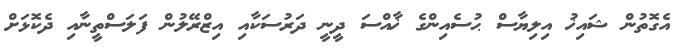
އެގޮތުން ޝައިޚު އިލިޔާސް ޙުސެއިންގެ ޚާއްސަ ދީނީ ދަރުސަކާއި އިޒްރޭލުން ފަލަސްތީނާއި ދެކޮޅަށް